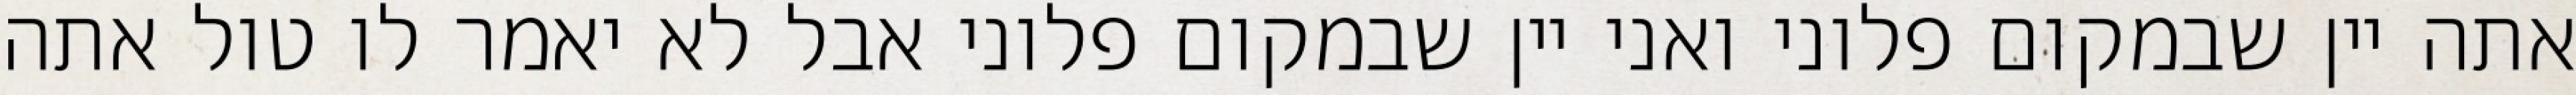
אתה יין שבמקום פלוני ואני יין שבמקום פלוני אבל לא יאמר לו טול אתה